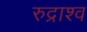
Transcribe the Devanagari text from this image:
रुद्राश्व